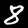
Label: 8